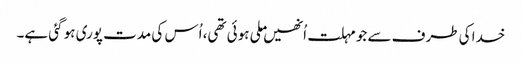
خدا کی طرف سے جو مہلت اُنھیں ملی ہوئی تھی، اُس کی مدت پوری ہو گئی ہے۔